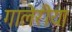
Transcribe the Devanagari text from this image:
गालेरीया